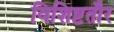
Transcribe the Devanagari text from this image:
विशिष्टतौर